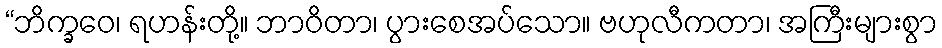
“ဘိက္ခဝေ၊ ရဟန်းတို့။ ဘာဝိတာ၊ ပွားစေအပ်သော။ ဗဟုလီကတာ၊ အကြီးများစွာ